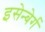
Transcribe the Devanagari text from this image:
इसेन्बेर्ग